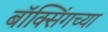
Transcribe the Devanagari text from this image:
बॉक्सिंगच्या